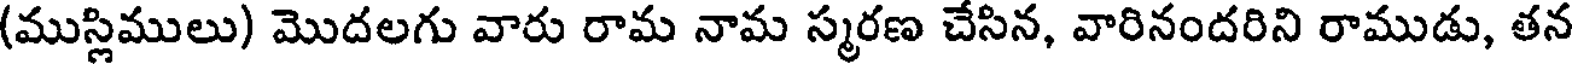
(ముస్లిములు) మొదలగు వారు రామ నామ స్మరణ చేసిన, వారినందరిని రాముడు, తన